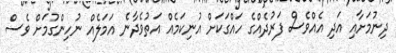
ދިނުމަށާއި އަދި އެއްވެސް ފަރުދެއްގެ ހައްގަކަށް އުނިކަމެއް އަތުވެދާނެ އަމަލެއް ނުހިންގުމަށް ވެސް